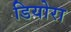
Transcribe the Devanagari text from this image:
डियोरा